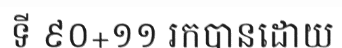
ទី ៩០+១១ រកបានដោយ